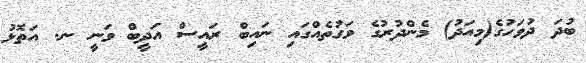
ބުދަ ދުވަހުގެ(މިއަދު) މެންދުރުގެ ވަގުތެއްގައި ނައިބް ރައީސް އަދީބް ވަނީ ނ. އަތޮޅު